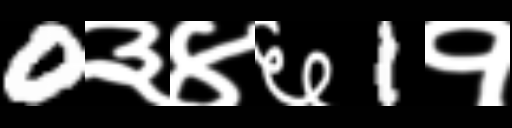
Text: 0३४६1१